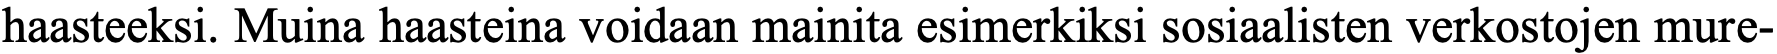
haasteeksi. Muina haasteina voidaan mainita esimerkiksi sosiaalisten verkostojen mure-